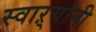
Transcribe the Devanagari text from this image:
स्वाऱ्यांनी